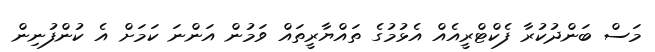
މަސް ބަންދުކުރާ ފެކްޓްރީއެއް އެޅުމުގެ ތައްޔާރީތައް ވަމުން އަންނަ ކަމަށް އެ ކުންފުނިން